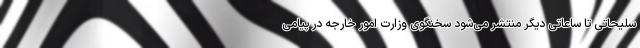
سلیحاتی تا ساعاتی دیگر منتشر می‌شود سخنگوی وزارت امور خارجه در پیامی